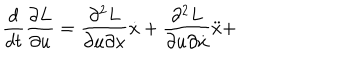
LaTeX: \frac { d } { d t } \frac { \partial L } { \partial u } = \frac { \partial ^ { 2 } L } { \partial u \partial x } \dot { x } + \frac { \partial ^ { 2 } L } { \partial u \partial \dot { x } } \ddot { x } +